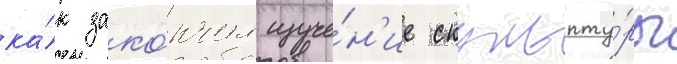
ка́к зако́нчил изуче́н'ие скульпту́ры